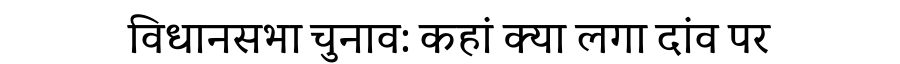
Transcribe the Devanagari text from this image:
विधानसभा चुनाव: कहां क्या लगा दांव पर